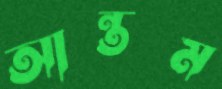
আন্তম